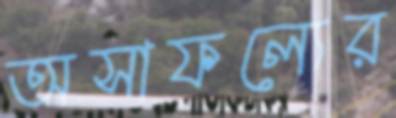
অসাফল্যের